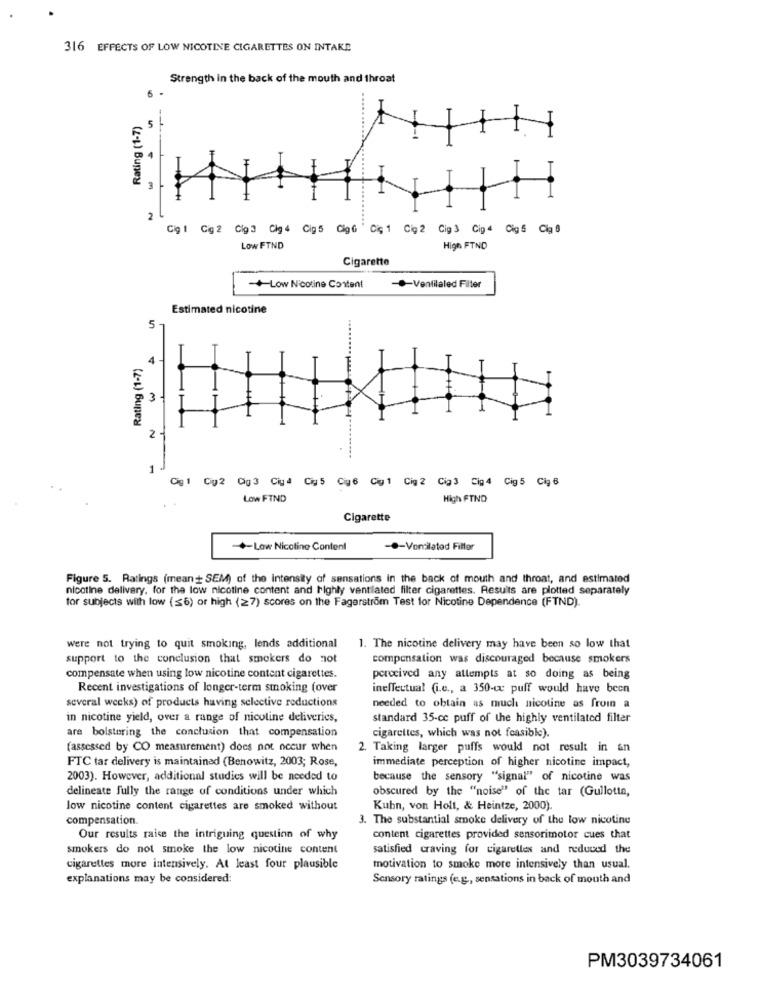
316 EFFECTS OF LOW NICOTINE CIGARETTES ON INTARD
Strength in the back of the mouth and throat
6
Rating (1-7)
5
4
4
3
2
Cig 1 Gig 2 Cig3 Cig4 Cig5 CigG ' Cię 1 Cig2 Cig3 Cip4 Cigs Cig B
Low FTND
High FTND
Cigarette
+Low Nicotine Content
-Ventilaled Filter
Estimated nicotine
5
Rating (1-7)
3
M
2
1
Cig 1 Ciy2 0ig3 Ciy4 Cig5 Ciy6 Cig1 Cig2 Cia3 Cig4 Cig5 Cip6
Low FIND
High FTND
Cigarette
-+-Law Nicotine Content
-.- Vonilated Filler
Figure 5. Ratings (mean + SEM) of the intensity of sensations in the back of mouth and throat, and estimated
nicotine delivery. for the low nicotine content and highly ventilated filter cigarettes. Results are plotted separately
tor subjects with low (≤6) or high (27) scores on the Fagerstrom Test for Nicotine Dependence (FTND).
were not trying to quit smoking, lends additional
1. The nicotine delivery may have been so low that
support to the conclusion that smokers do not
compensation was discouraged because smokers
compensate when using low nicotine content cigarettes.
perceived any attempts at so doing as being
Recent investigations of longer-term smoking (over
ineffectual (i.e ., a 350-wx puff would have been
several weeks) of products having selective reductions
needed to obtain as much nicotine as from a
in nicotine yield, over a range of nicoline deliveries,
standard 35-cc puff of the highly ventilated filter
cigarettes, which was not feasible).
are bolstering the conclusion that compensation
(assessed by CO measurement) does not occur when
2. Taking larger puffs would not result in an
FTC tar delivery is maintained (Benowitz, 2003; Rose,
immediate perception of higher nicotine impact,
2003). However, additional studies will be needed to
because the sensory "signal" of nicotine was
delineate fully the range of conditions under which
obscured by the "noise" of the tar (Gullotta,
low nicotine content cigarettes are smoked without
Kuhn, von Holt, & Heintze, 2000).
compensation.
3. The substantial smoke delivery of the low nicotine
Our results raise the intriguing question of why
content cigarettes provided sensorimotor cues that
smokers do not smoke the low nicotine content
satisfied craving for cigaretles and reduced the
cigarettes more intensively. At least four plausible
motivation to smoke more intensively than usual.
explanations may be considered:
Sensory ratings (e.g ., sensations in back of mouth and
PM3039734061